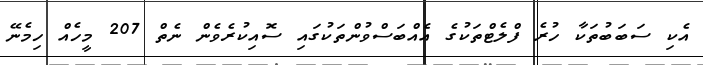
އެކި ސަބަބުތަކާ ހުރެ ފްލެޓްތަކުގެ އެއްބަސްވުންތަކުގައި ސޮއިކުރެވެން ނެތް 207 މީހެއް ހިމެނޭ